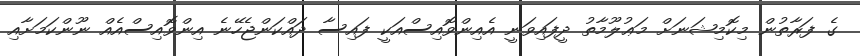
ގެ ފަރާތުން މިކޮމިޝަނަށް މަޢުލޫމާތު ދީފައިވަނީ އެއިންވޮއިސްއަކީ ފައިސާ ދައްކަންޖެހޭނެ އިންވޮއިސްއެއް ނޫންކަމަށާއި